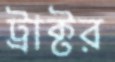
ট্রাক্টর